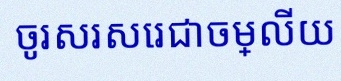
ចូរសរសេរជាចម្លើយ